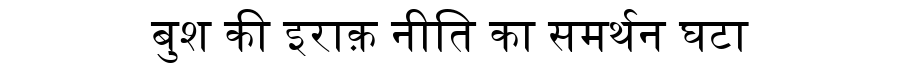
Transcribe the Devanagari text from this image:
बुश की इराक़ नीति का समर्थन घटा